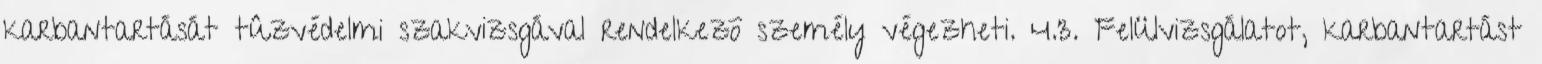
karbantartását tûzvédelmi szakvizsgával rendelkezõ személy végezheti. 4.3. Felülvizsgálatot, karbantartást